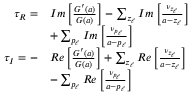
\begin{array} { r } { \begin{array} { r l } { \tau _ { R } = } & { I m \left[ \frac { G ^ { \prime } ( a ) } { G ( a ) } \right] - \sum _ { z _ { \ell } } I m \left[ \frac { \nu _ { z _ { \ell } } } { a - z _ { \ell } } \right] } \\ & { + \sum _ { p _ { \ell } } I m \left[ \frac { \nu _ { p _ { \ell } } } { a - p _ { \ell } } \right] } \\ { \tau _ { I } = - } & { R e \left[ \frac { G ^ { \prime } ( a ) } { G ( a ) } \right] + \sum _ { z _ { \ell } } R e \left[ \frac { \nu _ { z _ { \ell } } } { a - z _ { \ell } } \right] } \\ & { - \sum _ { p _ { \ell } } R e \left[ \frac { \nu _ { p _ { \ell } } } { a - p _ { \ell } } \right] } \end{array} } \end{array}